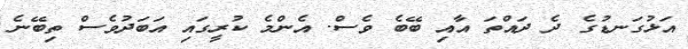
އަޅުގަނޑުގެ ދެ ދައްތަ އާއި ބޭބެ ވެސް. އެންމެ ކުރީގައި އަބަދުވެސް ތިބޭނެ